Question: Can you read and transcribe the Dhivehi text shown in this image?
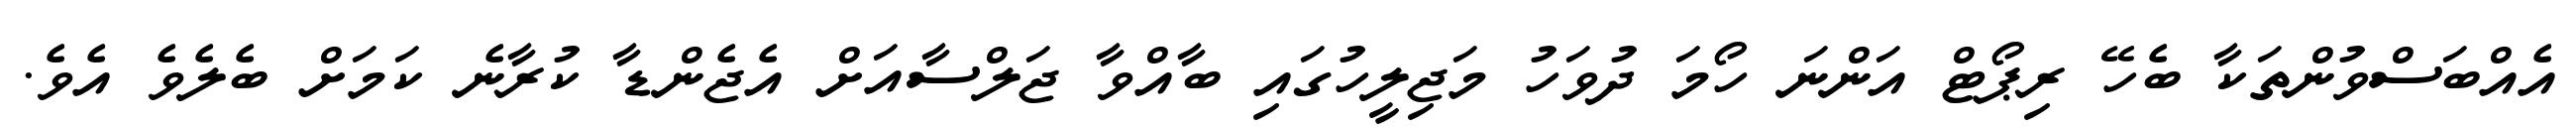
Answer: އެއްބަސްވުންތަކާ ބެހޭ ރިޕޯޓް އަންނަ ހޯމަ ދުވަހު މަޖިލީހުގައި ބާއްވާ ޖަލްސާއަށް އެޖެންޑާ ކުރާނެ ކަމަށް ބެލެވެ އެވެ.